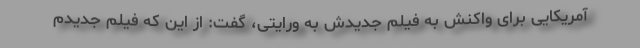
آمریکایی برای واکنش به فیلم جدیدش به ورایتی، گفت: از این که فیلم جدیدم